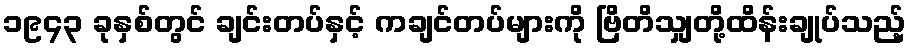
၁၉၄၃ ခုနှစ်တွင် ချင်းတပ်နှင့် ကချင်တပ်များကို ဗြိတိသျှတို့ထိန်းချုပ်သည့်